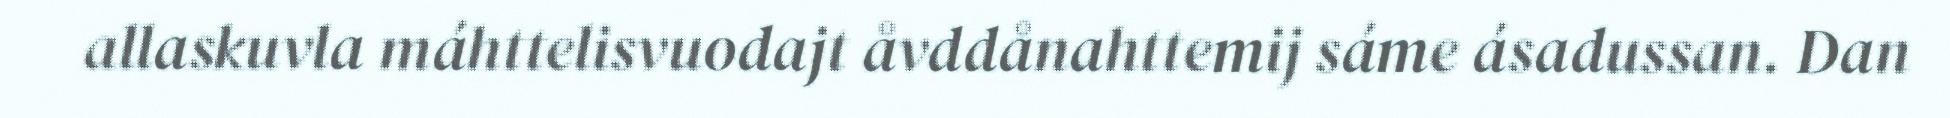
allaskuvla máhttelisvuodajt åvddånahttemij sáme ásadussan. Dan